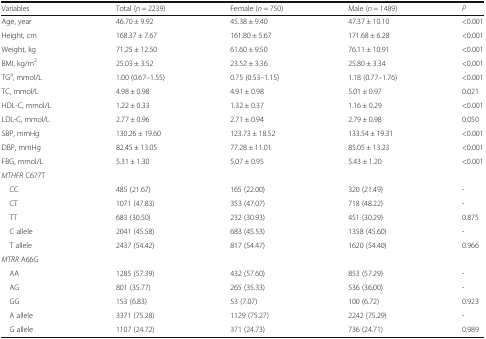
<table><thead><tr><td><b>Variables</b></td><td><b>Total (<i>n</i> = 2239)</b></td><td><b>Female (<i>n</i> = 750)</b></td><td><b>Male (<i>n</i> = 1489)</b></td><td><b><i>P</i></b></td></tr></thead><tbody><tr><td>Age, year</td><td>46.70 ± 9.92</td><td>45.38 ± 9.40</td><td>47.37 ± 10.10</td><td>&lt;0.001</td></tr><tr><td>Height, cm</td><td>168.37 ± 7.67</td><td>161.80 ± 5.67</td><td>171.68 ± 6.28</td><td>&lt;0.001</td></tr><tr><td>Weight, kg</td><td>71.25 ± 12.50</td><td>61.60 ± 9.50</td><td>76.11 ± 10.91</td><td>&lt;0.001</td></tr><tr><td>BMI, kg/m<sup>2</sup></td><td>25.03 ± 3.52</td><td>23.52 ± 3.36</td><td>25.80 ± 3.34</td><td>&lt;0.001</td></tr><tr><td>TG<sup>a</sup>, mmol/L</td><td>1.00 (0.67–1.55)</td><td>0.75 (0.53–1.15)</td><td>1.18 (0.77–1.76)</td><td>&lt;0.001</td></tr><tr><td>TC, mmol/L</td><td>4.98 ± 0.98</td><td>4.91 ± 0.98</td><td>5.01 ± 0.97</td><td>0.021</td></tr><tr><td>HDL-C, mmol/L</td><td>1.22 ± 0.33</td><td>1.32 ± 0.37</td><td>1.16 ± 0.29</td><td>&lt;0.001</td></tr><tr><td>LDL-C, mmol/L</td><td>2.77 ± 0.96</td><td>2.71 ± 0.94</td><td>2.79 ± 0.98</td><td>0.050</td></tr><tr><td>SBP, mmHg</td><td>130.26 ± 19.60</td><td>123.73 ± 18.52</td><td>133.54 ± 19.31</td><td>&lt;0.001</td></tr><tr><td>DBP, mmHg</td><td>82.45 ± 13.05</td><td>77.28 ± 11.01</td><td>85.05 ± 13.23</td><td>&lt;0.001</td></tr><tr><td>FBG, mmol/L</td><td>5.31 ± 1.30</td><td>5.07 ± 0.95</td><td>5.43 ± 1.20</td><td>&lt;0.001</td></tr><tr><td colspan="5"><i>MTHFR</i> C677T</td></tr><tr><td> CC</td><td>485 (21.67)</td><td>165 (22.00)</td><td>320 (21.49)</td><td>-</td></tr><tr><td> CT</td><td>1071 (47.83)</td><td>353 (47.07)</td><td>718 (48.22)</td><td>-</td></tr><tr><td> TT</td><td>683 (30.50)</td><td>232 (30.93)</td><td>451 (30.29)</td><td>0.875</td></tr><tr><td> C allele</td><td>2041 (45.58)</td><td>683 (45.53)</td><td>1358 (45.60)</td><td>-</td></tr><tr><td> T allele</td><td>2437 (54.42)</td><td>817 (54.47)</td><td>1620 (54.40)</td><td>0.966</td></tr><tr><td colspan="5"><i>MTRR</i> A66G</td></tr><tr><td> AA</td><td>1285 (57.39)</td><td>432 (57.60)</td><td>853 (57.29)</td><td>-</td></tr><tr><td> AG</td><td>801 (35.77)</td><td>265 (35.33)</td><td>536 (36.00)</td><td>-</td></tr><tr><td> GG</td><td>153 (6.83)</td><td>53 (7.07)</td><td>100 (6.72)</td><td>0.923</td></tr><tr><td> A allele</td><td>3371 (75.28)</td><td>1129 (75.27)</td><td>2242 (75.29)</td><td>-</td></tr><tr><td> G allele</td><td>1107 (24.72)</td><td>371 (24.73)</td><td>736 (24.71)</td><td>0.989</td></tr></tbody></table>